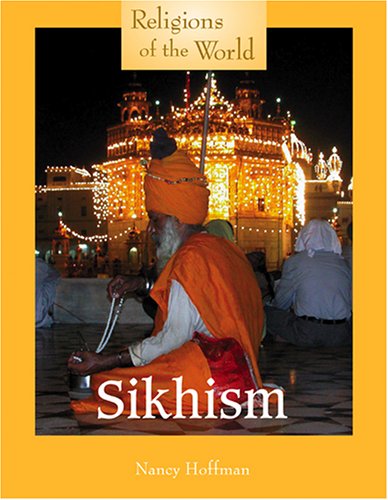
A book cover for Religions of the World - Sikhism; Nancy Hoffman; Teen & Young Adult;